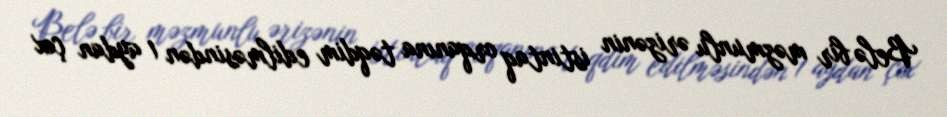
Belə bir məzmunlu ərizənin istintaq orqanına təqdim edilməsindən 1 aydan çox